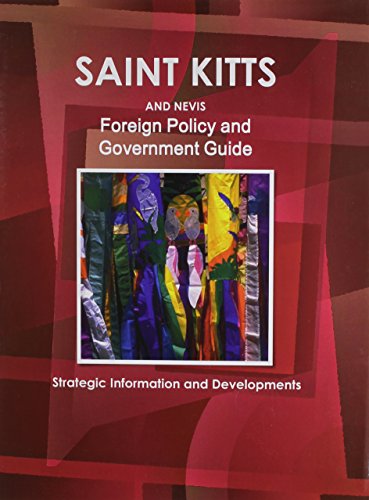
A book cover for St. Kitts And Nevis Foreign Policy And Government Guide - Strategic Informtion and Developments; Ibp Usa; Travel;